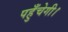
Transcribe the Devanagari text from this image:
पहुँचेगी।